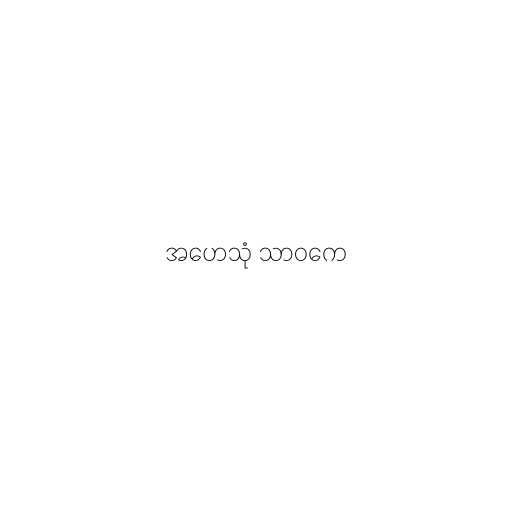
အဟေသုံ သာဝကေ